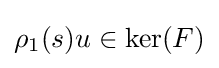
\rho _{1}(s)u\in \ker(F)